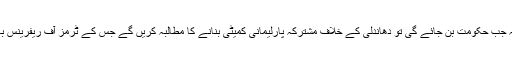
مریم اورنگ زیب نے کہا کہ جب حکومت بن جائے گی تو دھاندلی کے خلاف مشترکہ پارلیمانی کمیٹی بنانے کا مطالبہ کریں گے جس کے ٹرمز آف ریفرینس بعد میں طے کیے جائیں گے۔